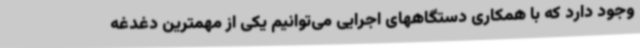
وجود دارد که با همکاری دستگاههای اجرایی می‌توانیم یکی از مهمترین دغدغه